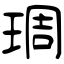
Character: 琱